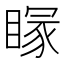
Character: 𥉕